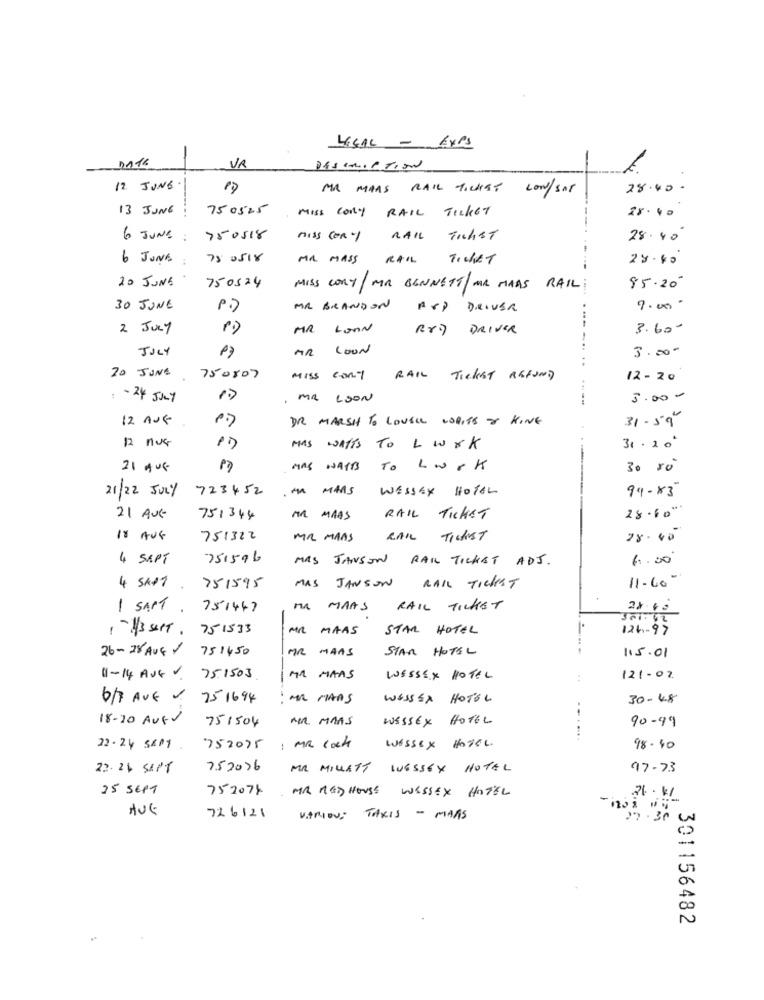
LOCAL - EXPS
2016
VA
DESCRIPTION
12. JUNE.
MR MAAS RAIL TICKET CON/SAT
28.00
13 JUNG
750525
MISS conY RAIL TICKET
28.00
6 JUNE :
750518
miss con-1
RAIL TRAIST
28.40'
6 JUNE
75 0518
MA MASS
Ticket
28.40
20 JUNE
750524
MISS CORY/MR BENNETT/ MIR MAAS RAIL:
85.20
30 JUNE
P.)
MA BRANDON
AVD DRIVER
7.000
2 JULY
MR LOAN
RXD DRIVER
3.60-
JULY
AR LOON
3.00-
17
20 JUNE
750807
MISS CONT
RAIL TICKET REFUND
12 - 20
: - 24 JULY
10
.
MR LOON
5.00-
12 AUG
DR MARSH TO LOUSE WORTS & KING
31 - 59
12 nue
MAS WATTS TO L WYK
31 .20'
21 AUG
MAS WATTS TO LOOK
M
21/22 JULY
723452
.MA MAAS
WESSEX HOTEL
99-83
28.60''
21 AUG
751344
MA MAAS
RAIL TICKET
18 AUG
751322
MR MAAS
RAIL TICKET
28.40
4 SEPT
751596
MAS JANSON RAIL TICKET ADJ.
6.00
751595
RAIL TICKET
11.60-
4 SAPT
MAS
JANSON
1 SAMT.
751447
MA MAAS
RAIL TICKET
1-13 sePT. 751533
MR MAAS
STAR HOTEL
126-97
26-28 AUG / 751450
MAAS
STAR HOTEL
115.01
11-14 AVG V. 751503
MA MAAS
WESSEX HOTEL
121-02
6/7 AVE V 75 1694
MR MAAS
WASSER HOTEL
30-48
18-20 AUGU
751504
NOR MARS
WESSEX
HOTEL
....
90-99
22-24 5801.
752075
1 ma coshe
WESSEX HOTEL
98.40
22.26 SAPT
757076
MR MILLATT WESSEX HOTEL
97-73
25 SEPT
752074 MR RED HOUSE WESSEX HOTEL
AUG
726121
VARIOUS TAXIS - MAAS
27.30 00
301156482